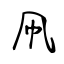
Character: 凧